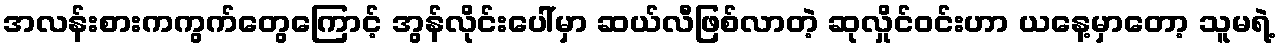
အလန်းစားကကွက်တွေကြောင့် အွန်လိုင်းပေါ်မှာ ဆယ်လီဖြစ်လာတဲ့ ဆုလှိုင်ဝင်းဟာ ယနေ့မှာတော့ သူမရဲ့